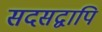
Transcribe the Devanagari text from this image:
सदसद्वापि